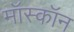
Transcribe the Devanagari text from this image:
मॉस्कॉन